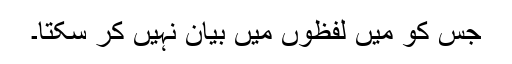
جس کو میں لفظوں میں بیان نہیں کر سکتا۔